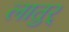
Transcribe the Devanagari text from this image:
लातुर्